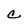
Character: C